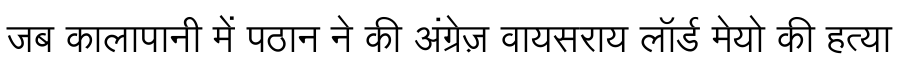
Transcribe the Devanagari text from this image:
जब कालापानी में पठान ने की अंग्रेज़ वायसराय लॉर्ड मेयो की हत्या